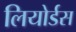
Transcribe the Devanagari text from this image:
लियोर्डस